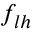
f _ { l h }